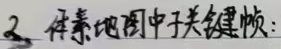
2. 体素地图中子关键帧：